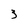
Character: 3